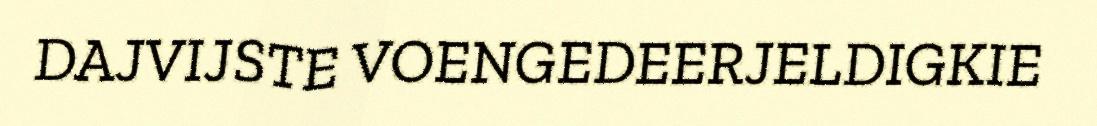
DAJVIJSTE VOENGEDEERJELDIGKIE